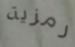
رمزية